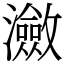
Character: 瀲